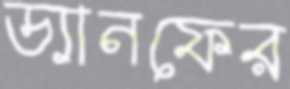
ড্যানফের